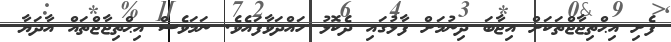
ފެށި އިޙްތިޖާޖްތަކަށް އިޖާބަ ދިނުމަށް ފާޅުގައި ދެކޮޅު ހައްދަވާފައެވެ. ނަމަވެސް އިޙްތިޖާޖްތައް އާދަޔާ